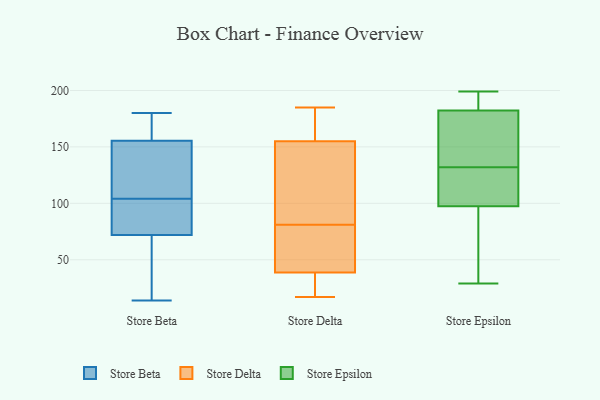
{"axis": {"x": "Operating Costs (USD K)", "y": "Value"}, "legend": ["Store Beta", "Store Delta", "Store Epsilon"], "data": [{"x": "", "y": 80, "type": "Store Beta"}, {"x": "", "y": 180, "type": "Store Beta"}, {"x": "", "y": 117, "type": "Store Beta"}, {"x": "", "y": 148, "type": "Store Beta"}, {"x": "", "y": 175, "type": "Store Beta"}, {"x": "", "y": 119, "type": "Store Beta"}, {"x": "", "y": 15, "type": "Store Beta"}, {"x": "", "y": 66, "type": "Store Beta"}, {"x": "", "y": 78, "type": "Store Beta"}, {"x": "", "y": 163, "type": "Store Beta"}, {"x": "", "y": 14, "type": "Store Beta"}, {"x": "", "y": 91, "type": "Store Beta"}, {"x": "", "y": 65, "type": "Store Delta"}, {"x": "", "y": 56, "type": "Store Delta"}, {"x": "", "y": 100, "type": "Store Delta"}, {"x": "", "y": 174, "type": "Store Delta"}, {"x": "", "y": 179, "type": "Store Delta"}, {"x": "", "y": 33, "type": "Store Delta"}, {"x": "", "y": 126, "type": "Store Delta"}, {"x": "", "y": 159, "type": "Store Delta"}, {"x": "", "y": 23, "type": "Store Delta"}, {"x": "", "y": 185, "type": "Store Delta"}, {"x": "", "y": 30, "type": "Store Delta"}, {"x": "", "y": 175, "type": "Store Delta"}, {"x": "", "y": 17, "type": "Store Delta"}, {"x": "", "y": 69, "type": "Store Delta"}, {"x": "", "y": 143, "type": "Store Delta"}, {"x": "", "y": 87, "type": "Store Delta"}, {"x": "", "y": 57, "type": "Store Delta"}, {"x": "", "y": 28, "type": "Store Delta"}, {"x": "", "y": 81, "type": "Store Delta"}, {"x": "", "y": 67, "type": "Store Epsilon"}, {"x": "", "y": 168, "type": "Store Epsilon"}, {"x": "", "y": 141, "type": "Store Epsilon"}, {"x": "", "y": 95, "type": "Store Epsilon"}, {"x": "", "y": 187, "type": "Store Epsilon"}, {"x": "", "y": 105, "type": "Store Epsilon"}, {"x": "", "y": 132, "type": "Store Epsilon"}, {"x": "", "y": 112, "type": "Store Epsilon"}, {"x": "", "y": 199, "type": "Store Epsilon"}, {"x": "", "y": 189, "type": "Store Epsilon"}, {"x": "", "y": 29, "type": "Store Epsilon"}]}